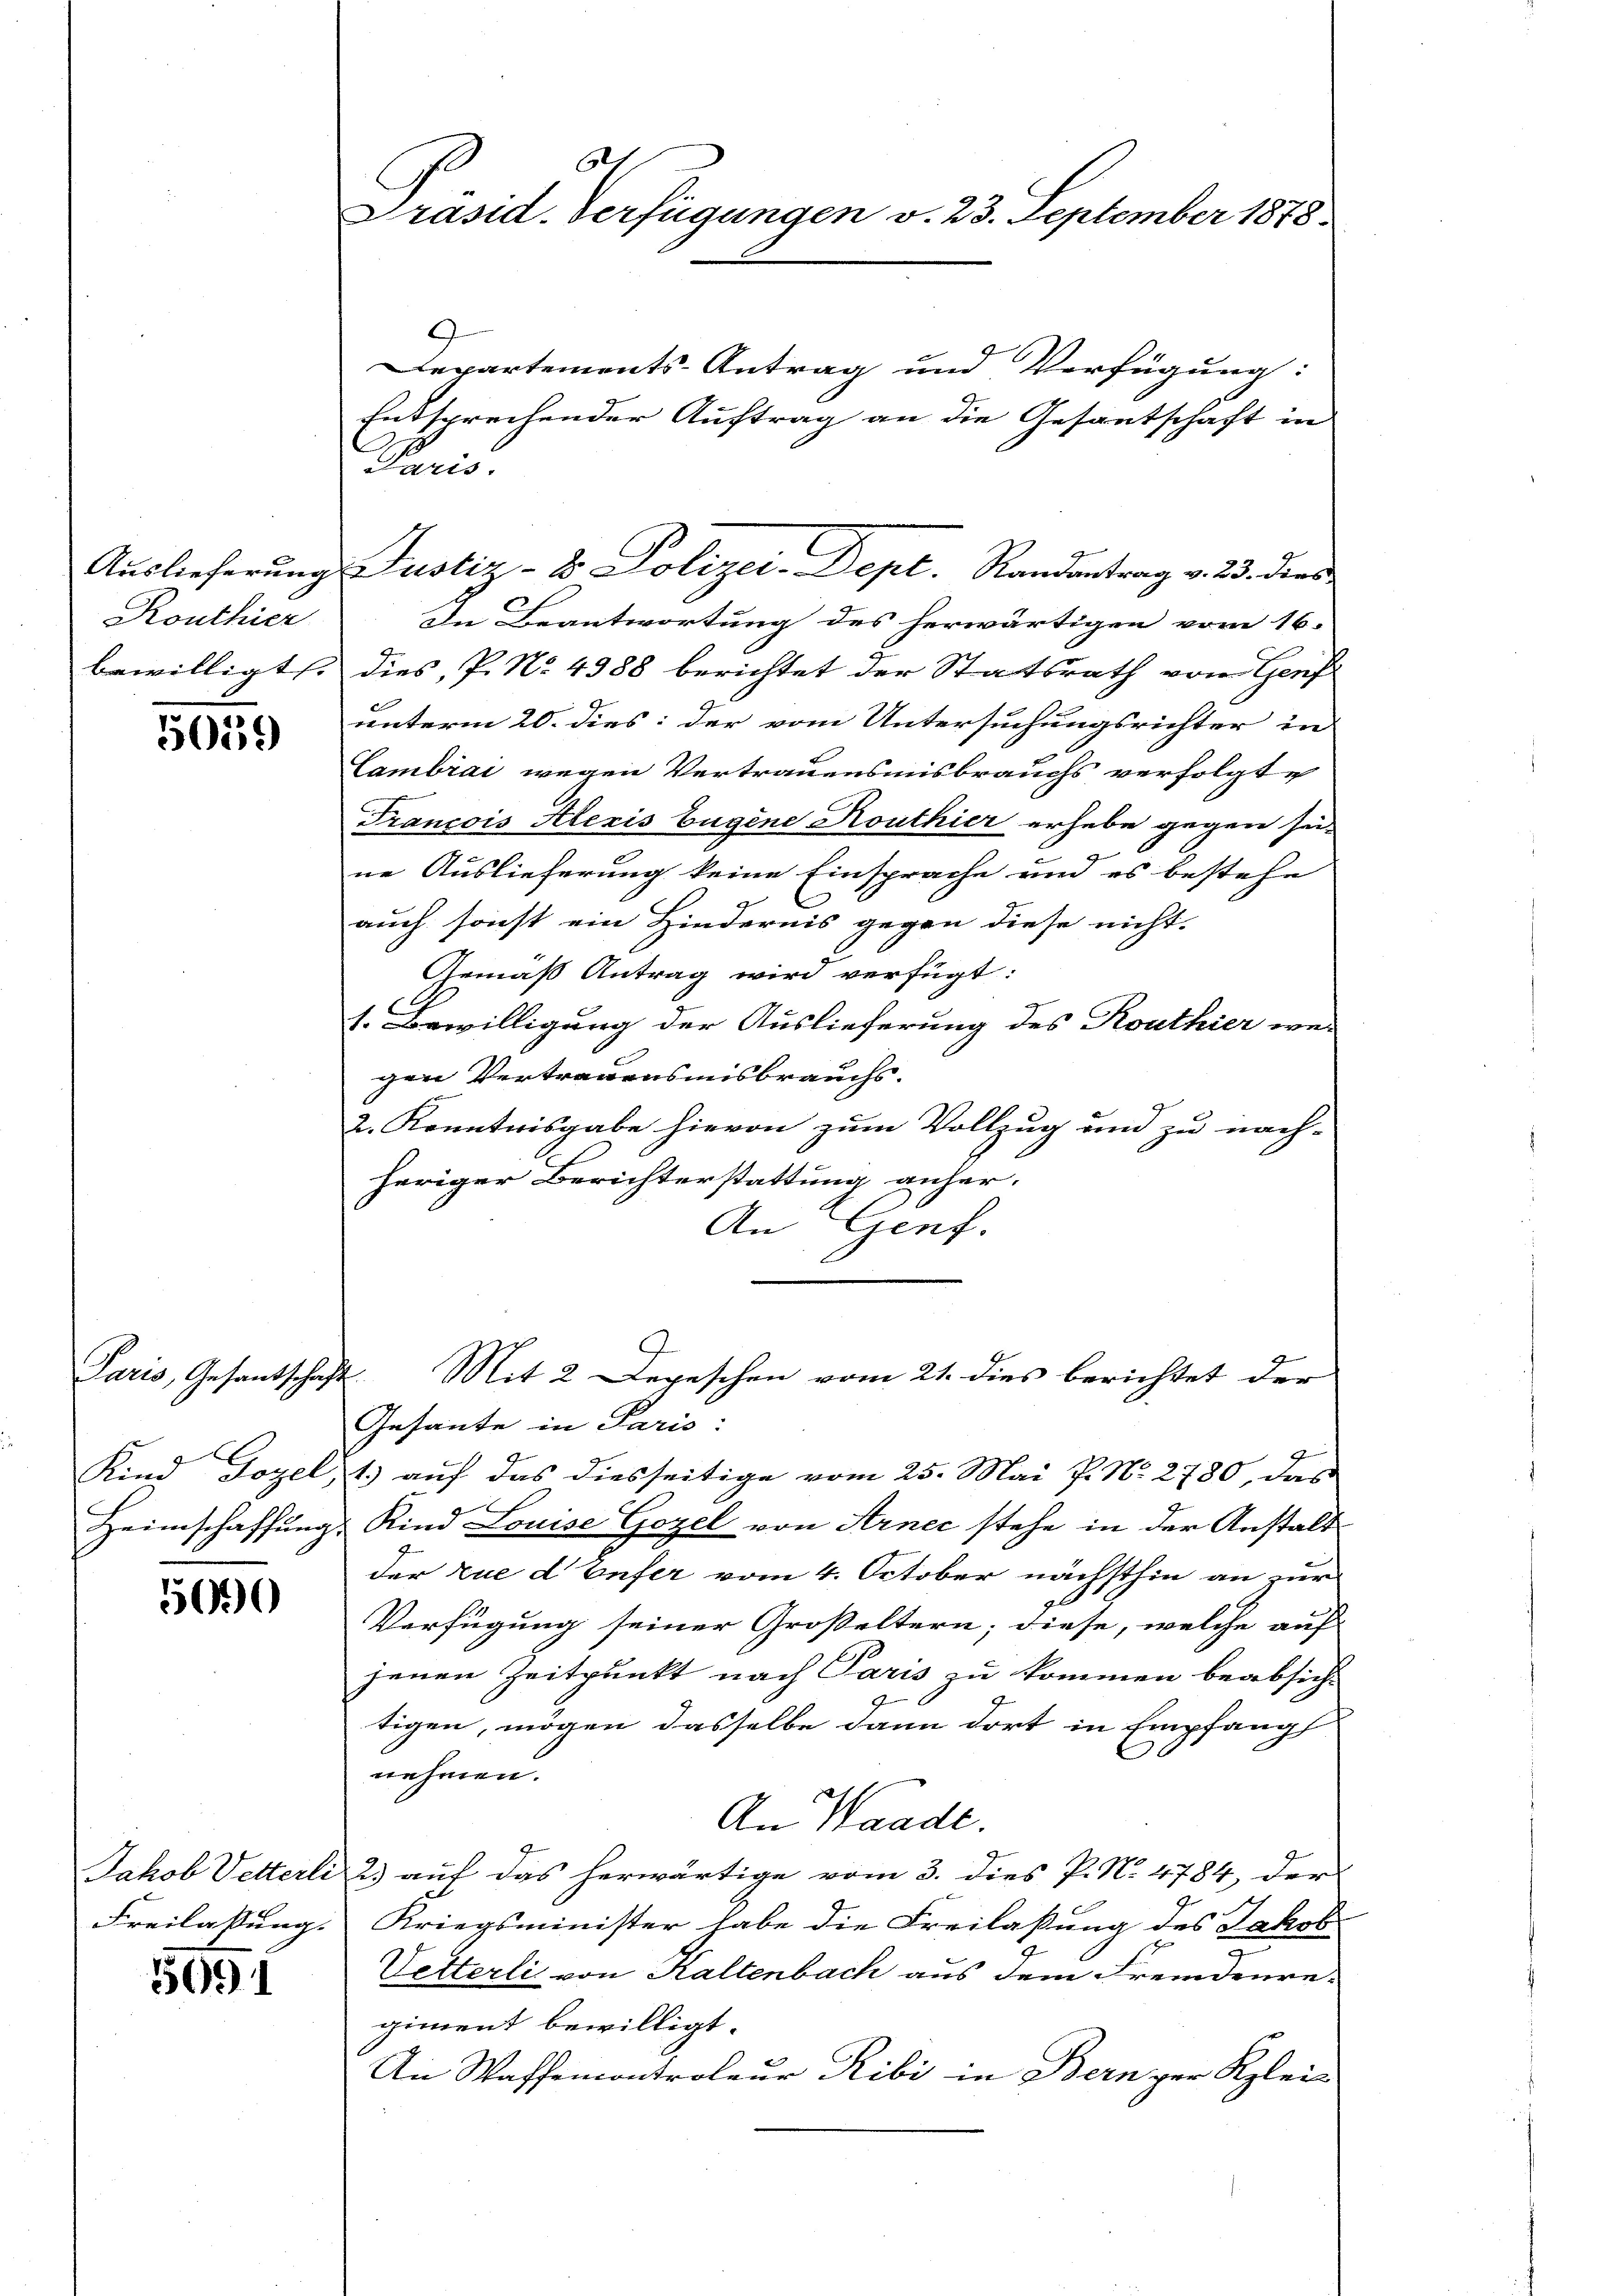
Routhier

5059

Paris, Gesantschaft.

560

Freilassung. |

3091

61
Präsid. Verfügungen v. 23. September 1878

Departements-Antrag und Verfügung:
Entsprechender Auftrag an die Gesantschaft in
Paris
In Beantwortung des herwärtigen vom 16.
bewilligt dies, P. No. 4388 berichtet der Statsrath von Genf
unterm 20. dies: der vom Untersuchungsrichter in
Cambrai wegen Vertrauensmisbrauchs verfolgte
Francois Kleris Eugene Routhier erhebe gegen zu-
ne Auslieferung keine Einsprache und es bestehe
auch sonst ein Hindernis gegen diese nicht.
Gemäß Antrag wird verfügt:
1. Bewilligung der Auslieferung des Routhier wegen Vertrauensmisbrauchs.
2. Kenntnisgabe hievon zum Vollzug und zu nach-
heriger Berichterstattung anher-
An Genf.
Mit 2 Depeschen vom 21. dies berichtet der
Gesante in Paris:
Kind Jozel, 1.) auf das diesseitige vom 25. Mai P. Nr. 2780, das
Heimschaffung Kind Louise Gozel von Arnec stehe in der Anstalt
der zue denfer vom 4. October nächsthin an zur
Verfügung seiner Großeltern; diese, welche auf
jenen Zeitpunkt nach Paris zu kommen beabsicht
tigen, mögen dasselbe dann dort in Empfang
nehmen.
An Waade.
Jakob Vetterli 2) auf das herwärtige vom 3. dies P. No. 4784, der
Kriegsminister habe die Freilassung des Jakob
Vetterli von Kaltenbach aus dem Fremdenre-
giment bewilligt.
An Waffencontroleur Ribi in Bern zur Klei¬

Auslieferung Justiz- & Polizei-Dept. Randantrag v. 23. dies